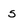
Character: s